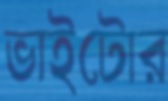
ভাইটোর